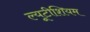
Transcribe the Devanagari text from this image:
ल्यूटीशियम